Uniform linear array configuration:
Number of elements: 24
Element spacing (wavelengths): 0.25
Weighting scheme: cosine
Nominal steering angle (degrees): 45
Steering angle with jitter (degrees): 43.404
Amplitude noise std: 0.05
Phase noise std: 0.05

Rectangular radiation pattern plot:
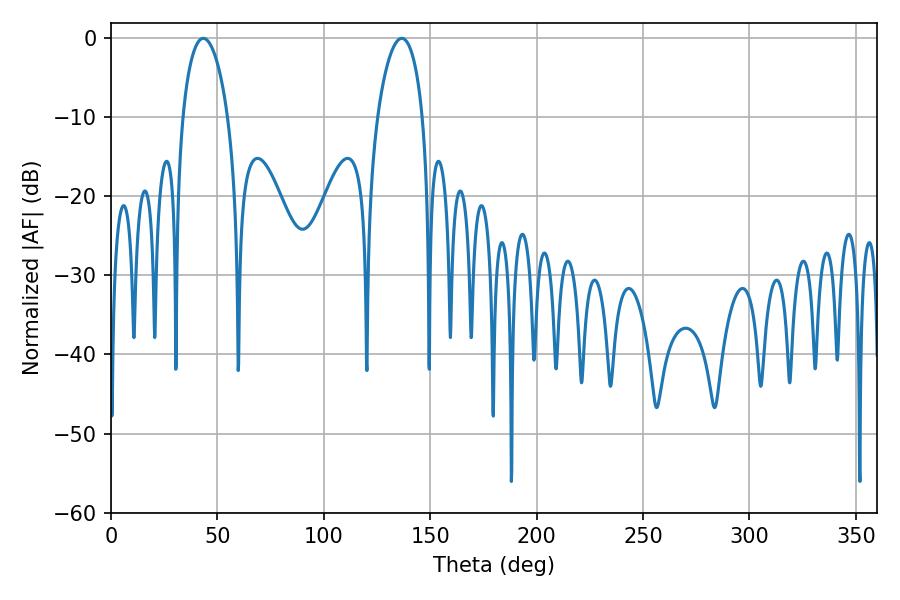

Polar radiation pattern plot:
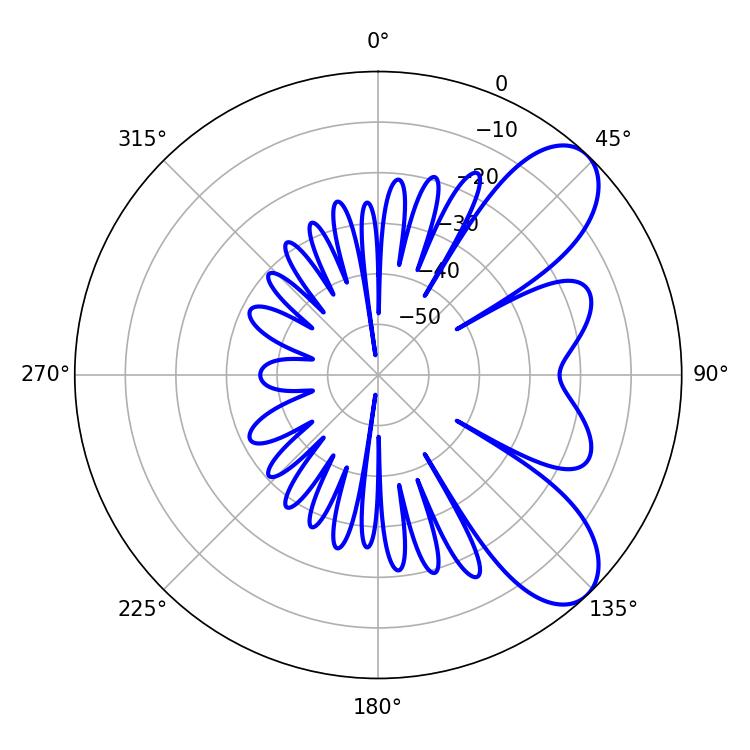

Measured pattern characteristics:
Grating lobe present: FALSE
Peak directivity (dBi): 7.943
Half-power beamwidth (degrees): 12.06
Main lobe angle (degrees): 43.38